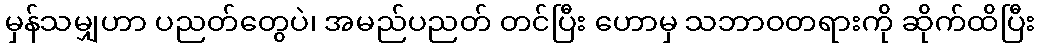
မှန်သမျှဟာ ပညတ်တွေပဲ၊ အမည်ပညတ် တင်ပြီး ဟောမှ သဘာဝတရားကို ဆိုက်ထိပြီး